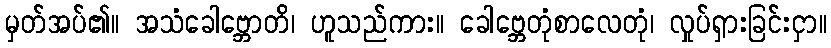
မှတ်အပ်၏။ အသံခေါဗ္ဘောတိ၊ ဟူသည်ကား။ ခေါဗ္ဘေတုံစာလေတုံ၊ လှုပ်ရှားခြင်းငှာ။